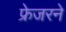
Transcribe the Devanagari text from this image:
फ्रेजरने